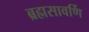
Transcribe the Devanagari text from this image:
ब्रह्मसावर्णि